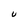
Character: U